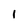
Character: 1